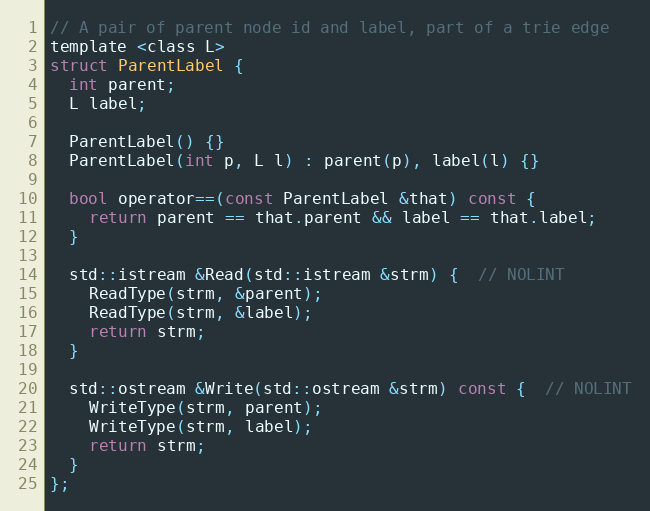
Language: C
// A pair of parent node id and label, part of a trie edge
template <class L>
struct ParentLabel {
  int parent;
  L label;

  ParentLabel() {}
  ParentLabel(int p, L l) : parent(p), label(l) {}

  bool operator==(const ParentLabel &that) const {
    return parent == that.parent && label == that.label;
  }

  std::istream &Read(std::istream &strm) {  // NOLINT
    ReadType(strm, &parent);
    ReadType(strm, &label);
    return strm;
  }

  std::ostream &Write(std::ostream &strm) const {  // NOLINT
    WriteType(strm, parent);
    WriteType(strm, label);
    return strm;
  }
};